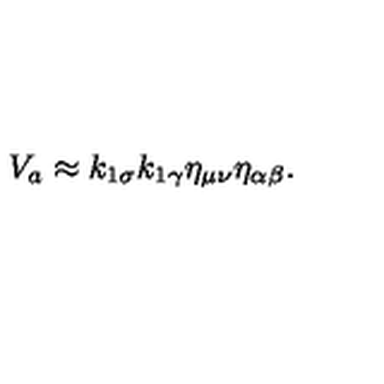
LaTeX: V _ { a } \approx k _ { 1 \sigma } k _ { 1 \gamma } \eta _ { \mu \nu } \eta _ { \alpha \beta } .